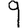
Digit: 9